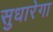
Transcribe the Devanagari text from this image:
सुधारेगा